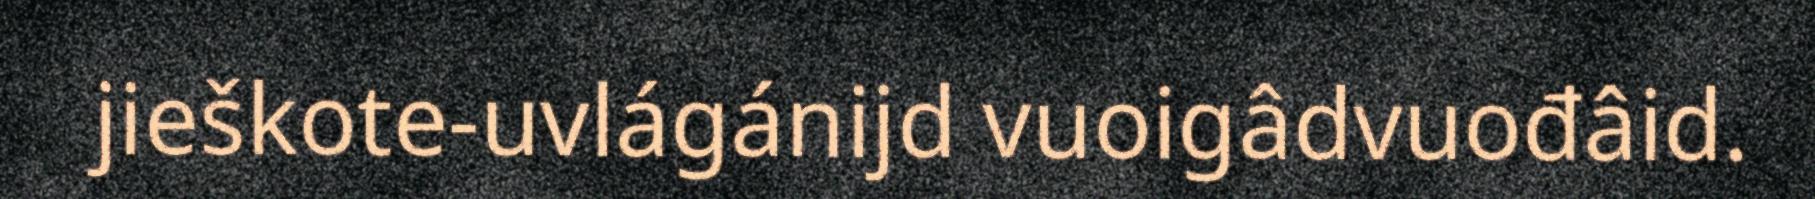
jieškote-uvlágánijd vuoigâdvuođâid.